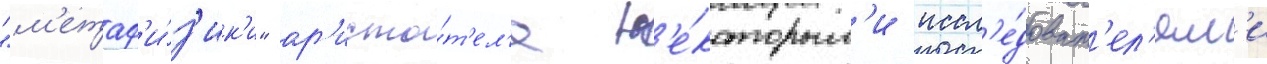
"м'етаф'и́з'ик'и" ар'исто́т'ел'я н'е́которым'и иссл'е́доват'ел'ям'и